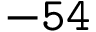
\mathtt { - 5 4 }